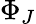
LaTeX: \Phi_{J}